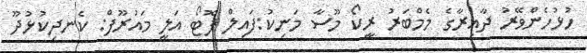
ހުޅުހެންވޭރު ދާޢިރާގެ މެމްބަރު ރީކޯ މޫސާ މަނިކު:ފައިލް ފޮޓޯ އަލީ މައުރޫފް: ކެނދިކުޅުދޫ